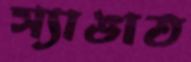
স্যাঙাত